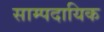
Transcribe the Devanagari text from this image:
साम्पदायिक